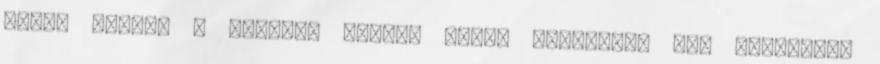
pedig amikor a tükörbe nézek, semmi ilyesmire nem gondolok.